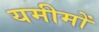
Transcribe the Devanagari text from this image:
यमीमों